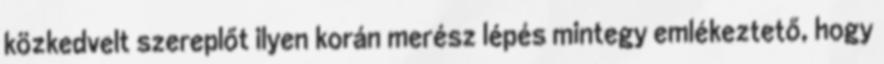
közkedvelt szereplőt ilyen korán merész lépés mintegy emlékeztető, hogy